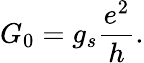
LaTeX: G_{0}=g_{s}\frac{e^{2}}{h}.